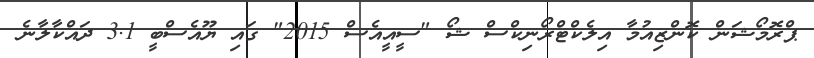
ޕްރޮމޯޝަން ކޮންޒިއުމާ އިލެކްޓްރޯނިކްސް ޝޯ "ސީއީއެސް 2015" ގައި ޔޫއެސްބީ 3.1 ދައްކާލާނެ